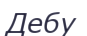
Дебу